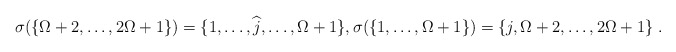
\begin{align*} \sigma( \{\Omega+2,\ldots,2\Omega+1\} ) = \{1,\ldots, \widehat{j},\ldots,\Omega+1\}, \sigma( \{1, \ldots,\Omega+1\} ) =\{j,\Omega+2,\ldots,2\Omega+1\}\;. \end{align*}